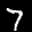
Label: 7